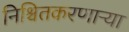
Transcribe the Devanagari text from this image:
निश्चितकरणाऱ्या